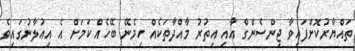
ތައްޔާރުކޮށްފައިވާ ޖިންސެންގް އާއި އިތުރު މާއްދާތަކެއް ހިމެނޭ ބޭހެއް ކަމަށް އެ އިއުލާނުގައިވެ